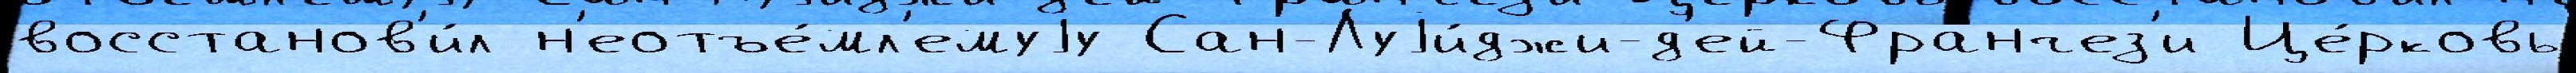
восстанов'и́л н'еотъе́мл'емуjу Сан-Луjи́джи-д'ей-Франчез'и Це́рковь